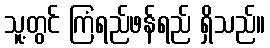
သူ့တွင် ကြံရည်ဖန်ရည် ရှိသည်။